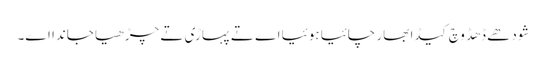
شودھے ڈھڈ وچ کیڈا بھار چائیا ہوئیا اے تے پہاڑی تے چڑھیا جاندا اے۔